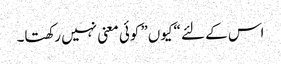
اس کے لئے “کیوں” کوئی معنی نہیں رکھتا۔